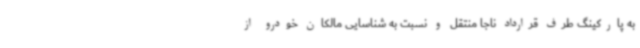
به پارکینگ طرف قرارداد ناجا منتقل و نسبت به شناسایی مالکان خودرو از